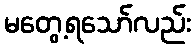
မတွေ့ရသော်လည်း